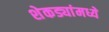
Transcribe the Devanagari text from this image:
शेकड्यांमध्ये